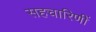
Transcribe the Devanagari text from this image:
सहचारिणीं